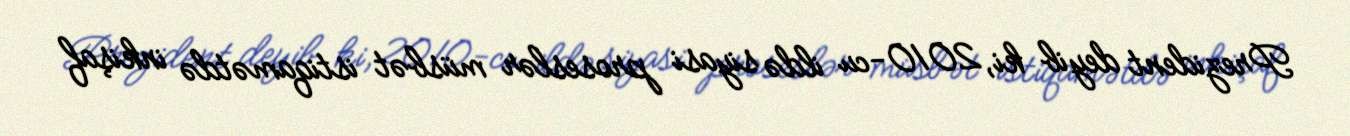
Prezident deyib ki, 2010-cu ildə siyasi proseslər müsbət istiqamətdə inkişaf